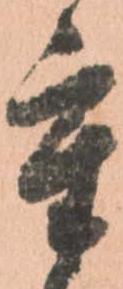
重